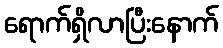
ရောက်ရှိလာပြီးနောက်